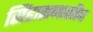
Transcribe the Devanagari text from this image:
सिंहासनासीब